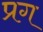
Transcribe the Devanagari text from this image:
प्रग